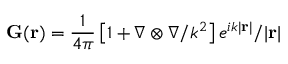
\mathbf { G } ( { \textbf r } ) = \frac { 1 } { 4 \pi } \left[ \mathbb { 1 } + \nabla \otimes \nabla / k ^ { 2 } \right] e ^ { i k | { \textbf r } | } / | { \textbf r } |